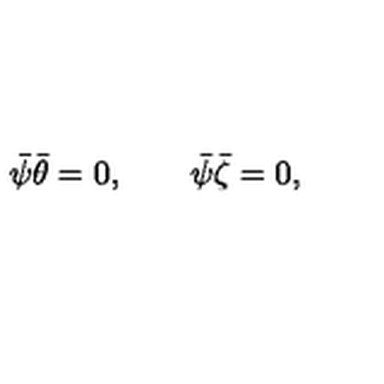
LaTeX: \bar { \psi } \bar { \theta } = 0 , \qquad \bar { \psi } \bar { \zeta } = 0 ,